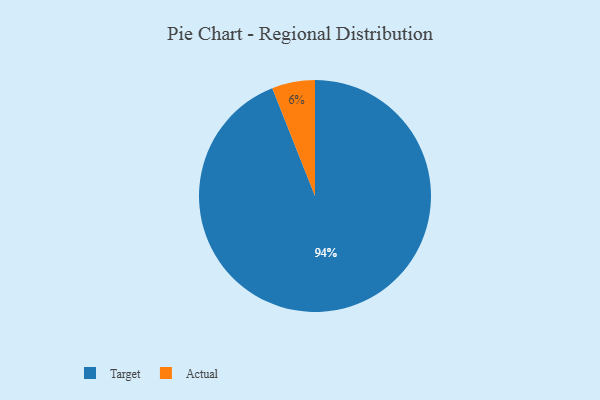
{"axis": {"x": "Category", "y": "Percentage"}, "legend": ["Actual", "Target"], "data": [{"x": "Actual", "y": 6, "type": "Actual"}, {"x": "Target", "y": 94, "type": "Target"}]}